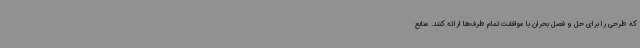
که طرحی را برای حل و فصل بحران با موافقت تمام طرف‌ها ارائه کنند. منابع